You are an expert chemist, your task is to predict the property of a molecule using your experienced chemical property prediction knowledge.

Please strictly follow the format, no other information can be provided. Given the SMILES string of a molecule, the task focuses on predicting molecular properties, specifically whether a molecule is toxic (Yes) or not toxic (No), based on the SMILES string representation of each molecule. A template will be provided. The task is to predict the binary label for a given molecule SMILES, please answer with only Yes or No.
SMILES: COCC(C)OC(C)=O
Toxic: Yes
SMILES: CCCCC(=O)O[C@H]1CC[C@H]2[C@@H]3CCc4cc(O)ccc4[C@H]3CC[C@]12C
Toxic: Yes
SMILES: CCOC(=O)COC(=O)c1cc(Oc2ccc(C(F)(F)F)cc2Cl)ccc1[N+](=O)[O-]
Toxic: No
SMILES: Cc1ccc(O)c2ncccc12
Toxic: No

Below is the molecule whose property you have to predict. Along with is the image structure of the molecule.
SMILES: O=C(O)CCCCCCC(=O)O
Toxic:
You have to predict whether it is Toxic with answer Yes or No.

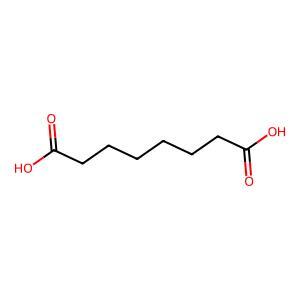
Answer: No